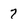
Character: 7